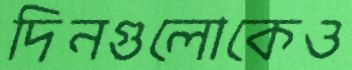
দিনগুলোকেও